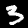
Digit: 3